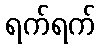
ရက်ရက်